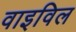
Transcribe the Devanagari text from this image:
वाइविल